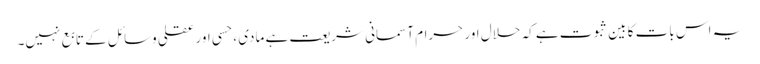
یہ اس بات کا بین ثبوت ہے کہ حلال اور حرام آسمانی شریعت ہے مادی ، حسی اور عقلی وسائل کے تابع نہیں۔